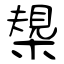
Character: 槼